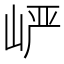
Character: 𪨷